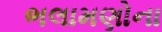
ભલામણોના